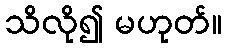
သိလို၍ မဟုတ်။